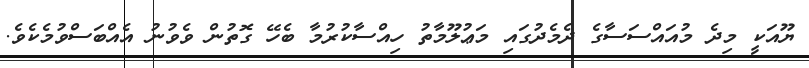
ޔޫއަކީ މިދެ މުއައްސަސާގެ ދެމެދުގައި މަޢުލޫމާތު ހިއްސާކުރުމާ ބެހޭ ގޮތުން ވެވުނު އެއްބަސްވުމެކެވެ.